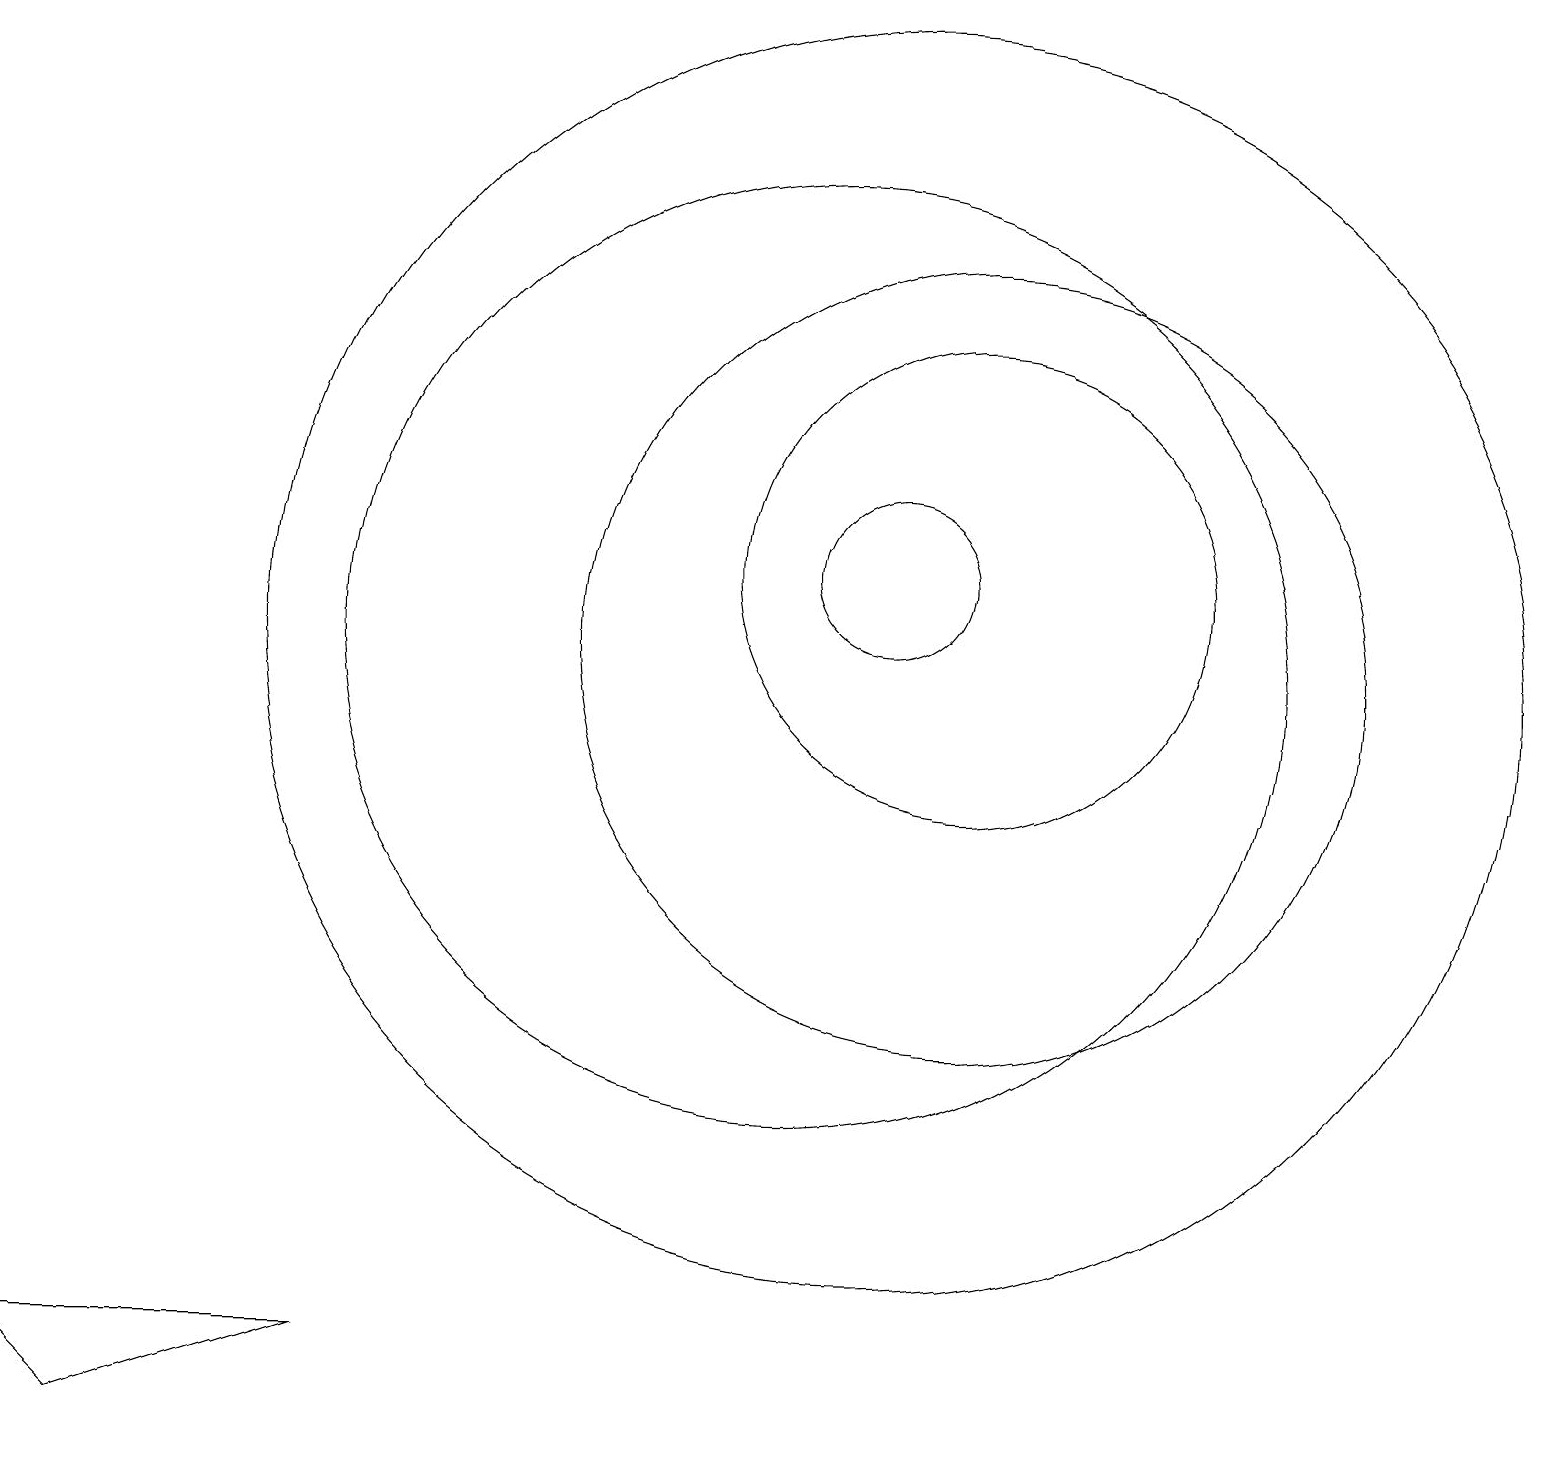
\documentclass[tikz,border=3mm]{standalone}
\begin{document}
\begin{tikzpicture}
\draw (12,12) circle (3);
\draw (11,12) circle (1);
\draw (12,11) circle (5);
\draw (10,11) circle (6);
\draw (11,11) circle (8);
\draw (11,10) circle (0);
\draw (0,2) -- (4,2) -- (1,1) -- cycle;
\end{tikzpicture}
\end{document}